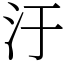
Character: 汙